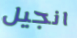
انجيل